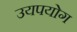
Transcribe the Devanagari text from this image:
उयपयोग